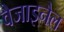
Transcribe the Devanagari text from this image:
वैजाइनैल